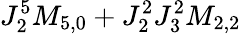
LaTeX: J_{2}^{5}M_{5,0}+J_{2}^{2}J_{3}^{2}M_{2,2}